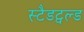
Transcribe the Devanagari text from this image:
स्टैडट्वल्ड